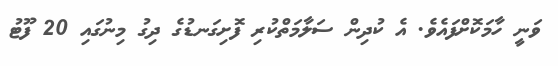
ވަނީ ހާމަކޮށްފައެވެ. އެ ކުދިން ސަލާމަތްކުރި ފޮށިގަނޑުގެ ދިގު މިނުގައި 20 ފޫޓު